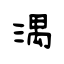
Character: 湡